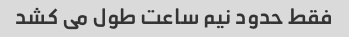
فقط حدود نیم ساعت طول می کشد